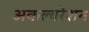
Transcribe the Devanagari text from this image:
अकल्चरेशन